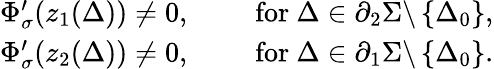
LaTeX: \begin{array}{r}{\Phi_{\sigma}^{\prime}(z_{1}(\Delta))\neq 0,\qquad\mathrm{~for~}\Delta\in\partial_{2}\Sigma\backslash\left\{ \Delta_{0}\right\} ,}\\ {\Phi_{\sigma}^{\prime}(z_{2}(\Delta))\neq 0,\qquad\mathrm{~for~}\Delta\in\partial_{1}\Sigma\backslash\left\{ \Delta_{0}\right\} .}\end{array}